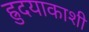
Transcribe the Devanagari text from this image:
ह्रुदयाकाशी